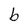
Character: b